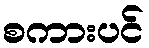
စကားပင်